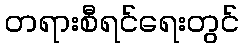
တရားစီရင်ရေးတွင်